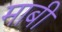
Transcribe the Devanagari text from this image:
माबी